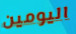
اليومين